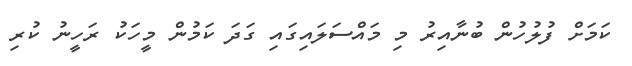
ކަމަށް ފުލުހުން ބުނާއިރު މި މައްސަލައިގައި ގަދަ ކަމުން މީހަކު ރަހީނު ކުރި